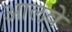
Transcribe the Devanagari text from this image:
आलवे